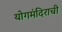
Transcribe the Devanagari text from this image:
योगमंदिराची